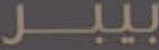
بيبر